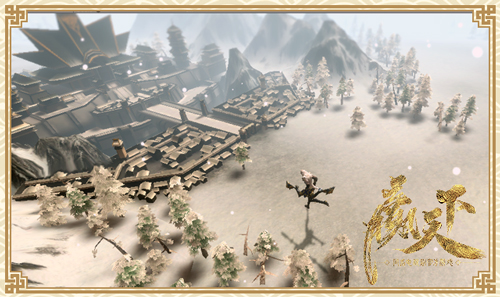
兴天下之利，除天下之害。